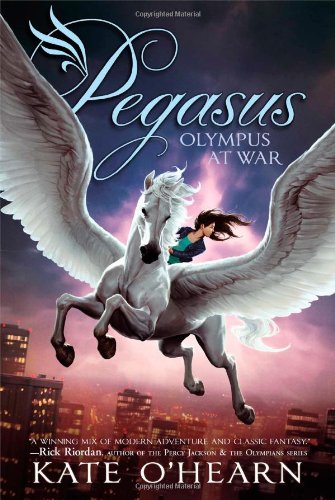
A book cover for Olympus at War (Pegasus); Kate O'Hearn; Children's Books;